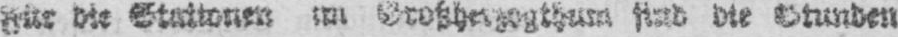
sind die Stunden